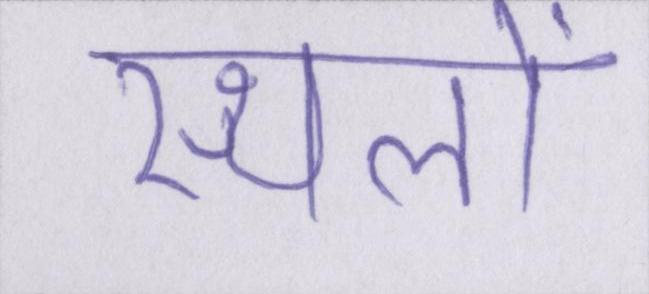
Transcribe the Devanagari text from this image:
स्थलों